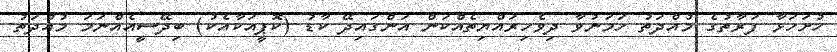
ހުށަހަޅާ ފަރާތުގެ މުއްދަތު ހަމަނުވާ ދިވެހިރައްޔިތެއްކަން އަންގައިދޭ ކާޑު (ކޮޕީއަކާއެކު) ބިދޭސީއެއްނަމަ މުއްދަތު